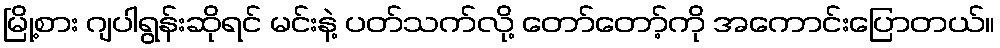
မြို့စား ဂျပါရွန်းဆိုရင် မင်းနဲ့ ပတ်သက်လို့ တော်တော့်ကို အကောင်းပြောတယ်။